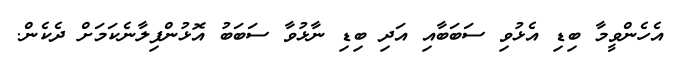
އެހެންވީމާ ބިޑި އެޅުވި ސަބަބާއި އަދި ބިޑި ނާޅުވާ ސަބަބު އޮޅުންފިލާނެކަމަށް ދެކެން.